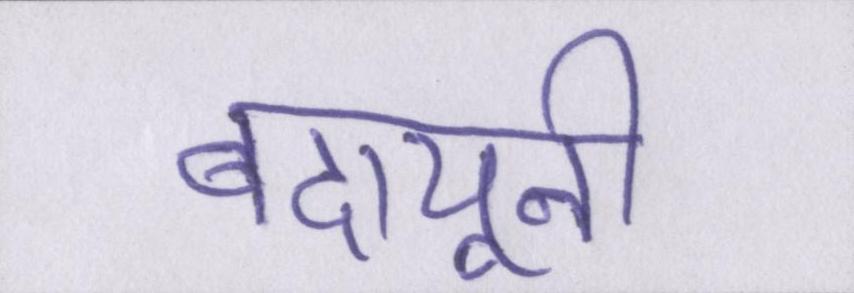
बदायूनी